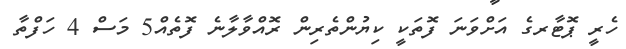
ހެރީ ޕޮޓާރގެ އަށްވަނަ ފޮތަކީ ކިޔުންތެރިން ރޮއްވާލާނެ ފޮތެއް5 މަސް 4 ހަފްތާ